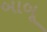
બાબૂ